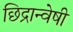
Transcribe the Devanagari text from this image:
छिद्रान्वेषी